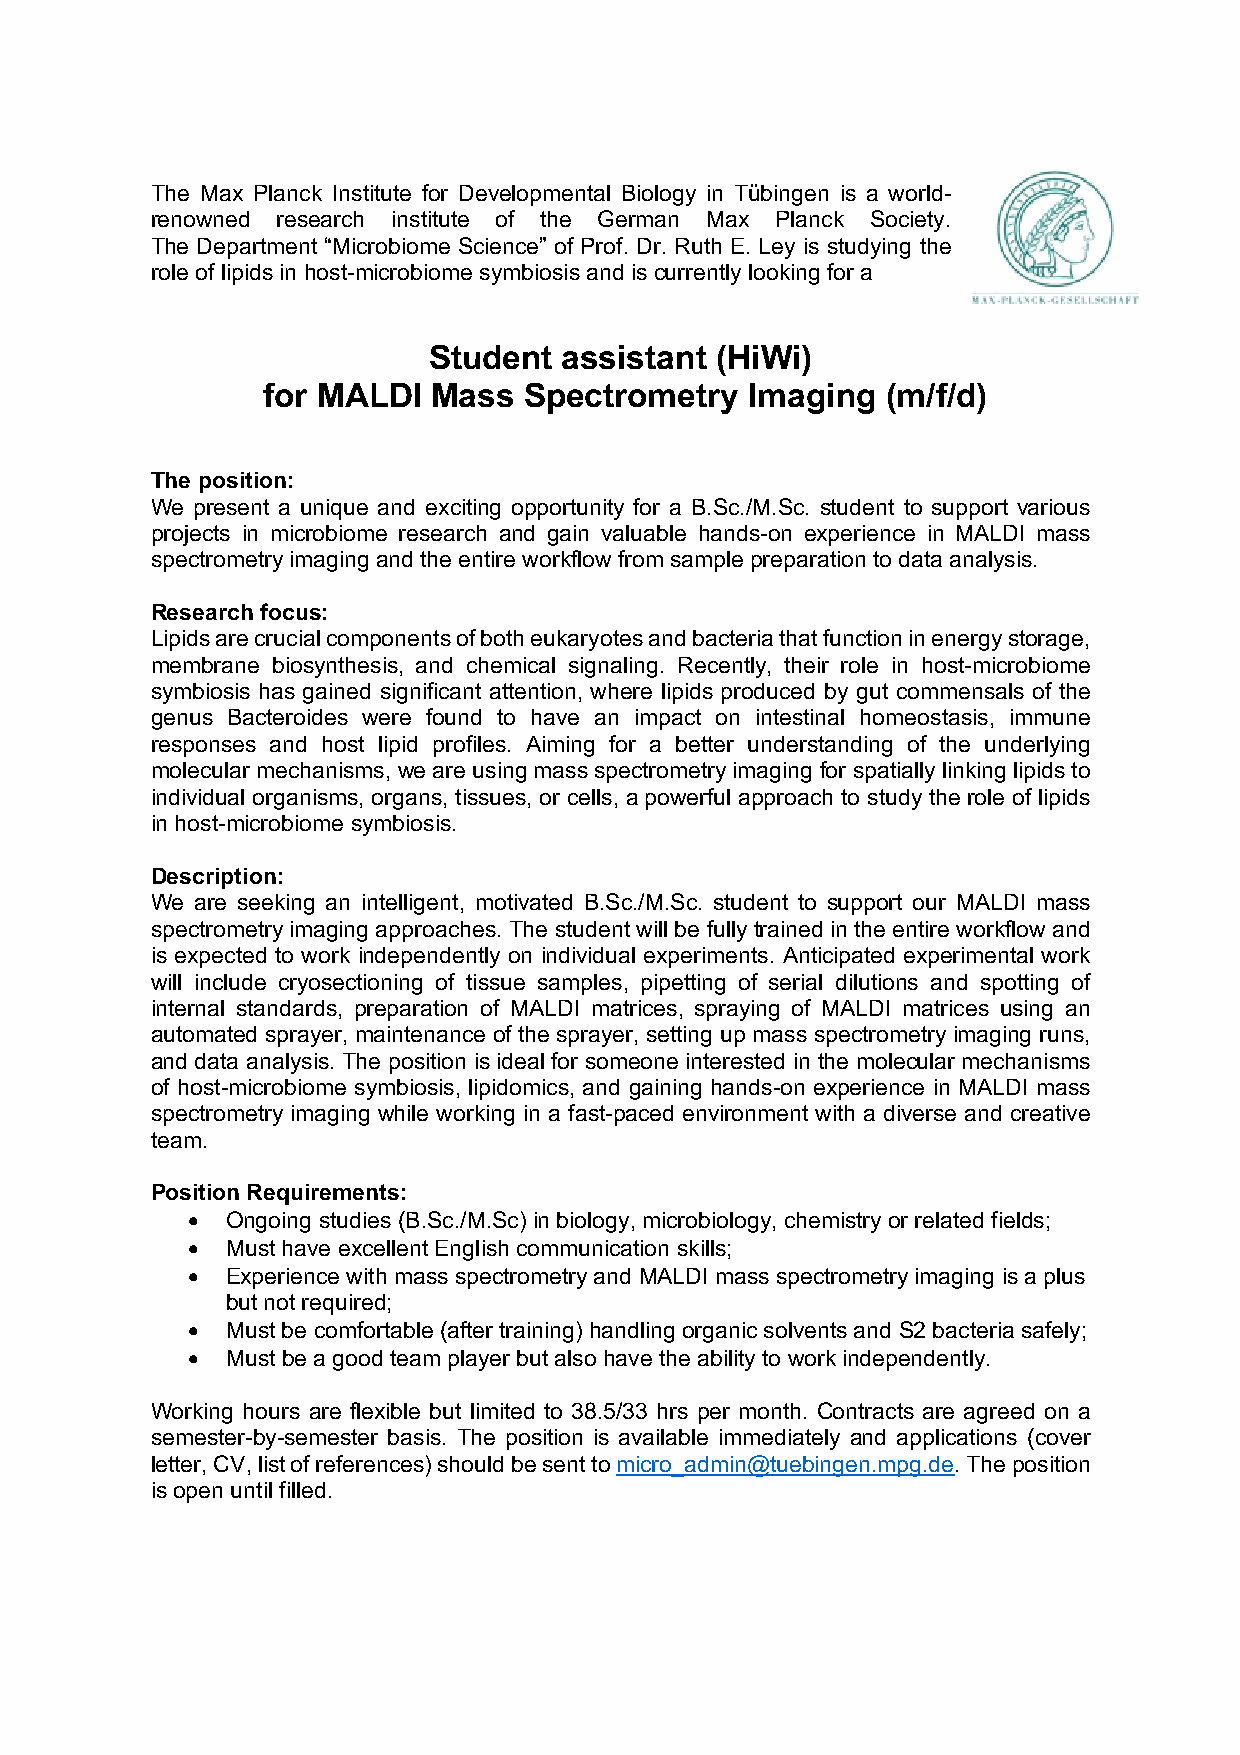
The Max Planck Institute for Developmental Biology in Tübingen is a world-
 renowned research institute of the German Max Planck Society.
 The Department “Microbiome Science” of Prof. Dr. Ruth E. Ley is studying the
 role of lipids in host-microbiome symbiosis and is currently looking for a
 Student  assistant (HiWi)
 for MALDI   Mass  Spectrometry   Imaging  (m/f/d)
 The position:
 We present a unique and exciting opportunity for a B.Sc./M.Sc. student to support various
 projects in microbiome research and gain valuable hands-on experience in MALDI mass
 spectrometry imaging and the entire workflow from sample preparation to data analysis.
 Research focus:
 Lipids are crucial components of both eukaryotes and bacteria that function in energy storage,
 membrane biosynthesis, and chemical signaling. Recently, their role in host-microbiome
 symbiosis has gained significant attention, where lipids produced by gut commensals of the
 genus Bacteroides were found to have an impact on intestinal homeostasis, immune
 responses and host lipid profiles. Aiming for a better understanding of the underlying
 molecular mechanisms, we are using mass spectrometry imaging for spatially linking lipids to
 individual organisms, organs, tissues, or cells, a powerful approach to study the role of lipids
 in host-microbiome symbiosis.
 Description:
 We are seeking an intelligent, motivated B.Sc./M.Sc. student to support our MALDI mass
 spectrometry imaging approaches. The student will be fully trained in the entire workflow and
 is expected to work independently on individual experiments. Anticipated experimental work
 will include cryosectioning of tissue samples, pipetting of serial dilutions and spotting of
 internal standards, preparation of MALDI matrices, spraying of MALDI matrices using an
 automated sprayer, maintenance of the sprayer, setting up mass spectrometry imaging runs,
 and data analysis. The position is ideal for someone interested in the molecular mechanisms
 of host-microbiome symbiosis, lipidomics, and gaining hands-on experience in MALDI mass
 spectrometry imaging while working in a fast-paced environment with a diverse and creative
 team.
 Position Requirements:
 •  Ongoing studies (B.Sc./M.Sc) in biology, microbiology, chemistry or related fields;
 •  Must have excellent English communication skills;
 •  Experience with mass spectrometry and MALDI mass spectrometry imaging is a plus
 but not required;
 •  Must be comfortable (after training) handling organic solvents and S2 bacteria safely;
 •  Must be a good team player but also have the ability to work independently.
 Working hours are flexible but limited to 38.5/33 hrs per month. Contracts are agreed on a
 semester-by-semester basis. The position is available immediately and applications (cover
 letter, CV, list of references) should be sent to micro_admin@tuebingen.mpg.de. The position
 is open until filled.